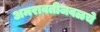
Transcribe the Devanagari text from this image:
अमरावतीजवळचे